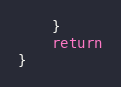
Language: Go
	}
	return
}